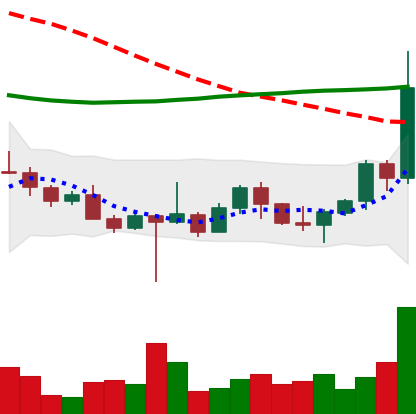
Ticker: ETH-USD
Chart end date: 2022-10-25
Forward return: 8.834%
Label: up_7plus